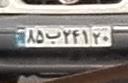
۸۵ب۲۴۱۲۰